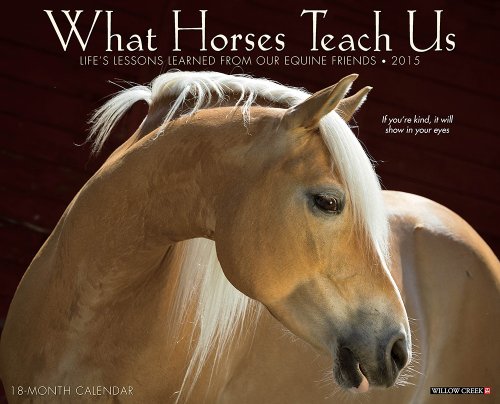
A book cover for What Horses Teach Us 2015 Wall Calendar; Willow Creek Press; Calendars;